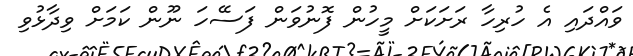
ވައްދައި އެ ހުރިހާ ރަށަކަށް މީހުން ފޮނުވަން ފަސޭހަ ނޫން ކަމަށް ވިދާޅުވި